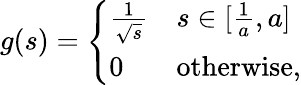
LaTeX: g(s)=\left\{ \begin{array}{ll}{\frac{1}{\sqrt{s}}}&{s\in[\frac{1}{a},a]}\\ {0}&{\mathrm{otherwise},}\end{array}\right.